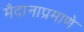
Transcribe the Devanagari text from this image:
मैदानाप्रमाणे